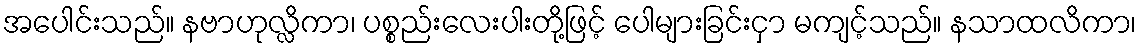
အပေါင်းသည်။ နဗာဟုလ္လိကာ၊ ပစ္စည်းလေးပါးတို့ဖြင့် ပေါများခြင်းငှာ မကျင့်သည်။ နသာထလိကာ၊